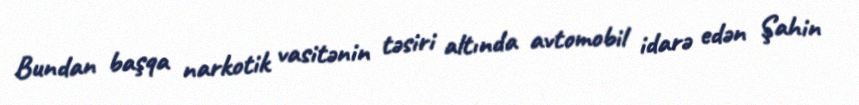
Bundan başqa narkotik vasitənin təsiri altında avtomobil idarə edən Şahin